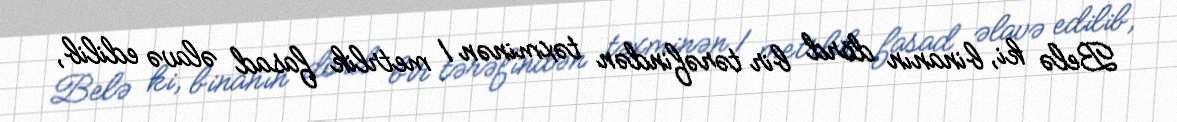
Belə ki, binanın dörd bir tərəfindən təxminən 1 metrlik fasad əlavə edilib,